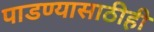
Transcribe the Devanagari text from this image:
पाडण्यासाठीही